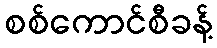
စစ်ကောင်စီခန့်